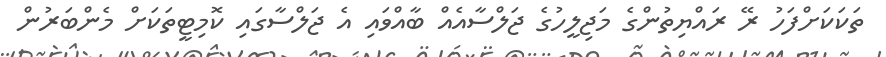
ތަކަކަށްފަހު ރޭ ރައްޔިތުންގެ މަޖިލީހުގެ ޖަލްސާއެއް ބާއްވައި އެ ޖަލްސާގައި ކޮމިޓީތަކަށް މެންބަރުން